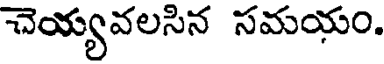
చెయ్యవలసిన సమయం.